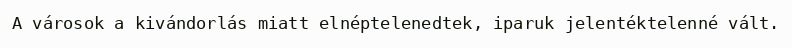
A városok a kivándorlás miatt elnéptelenedtek, iparuk jelentéktelenné vált.